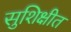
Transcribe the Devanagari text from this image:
सुशिक्षीत